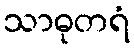
သာဓုတရံ